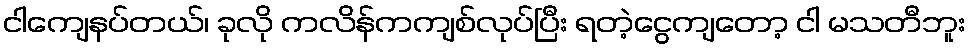
ငါကျေနပ်တယ်၊ ခုလို ကလိန်ကကျစ်လုပ်ပြီး ရတဲ့ငွေကျတော့ ငါ မသတီဘူး